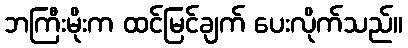
ဘကြီးမိုးက ထင်မြင်ချက် ပေးလိုက်သည်။